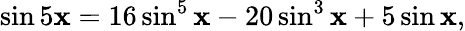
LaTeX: \sin5\mathbf{x}=16\sin^{5}\mathbf{x}-20\sin^{3}\mathbf{x}+5\sin\mathbf{x},